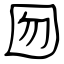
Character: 囫